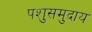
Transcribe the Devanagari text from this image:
पशुसमुदाय